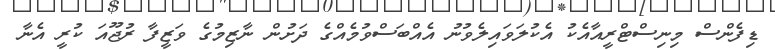
ޑިފެންސް މިނިސްޓްރީއާއެކު އެކުލަވައިލެވުނު އެއްބަސްވުމެއްގެ ދަށުން ނާޒިމުގެ ވަޒީފާ ރުޖޫއަ ކުރީ އެނާ